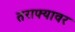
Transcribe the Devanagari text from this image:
तराफ्यावर